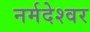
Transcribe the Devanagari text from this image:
नर्मदेश्‍वर